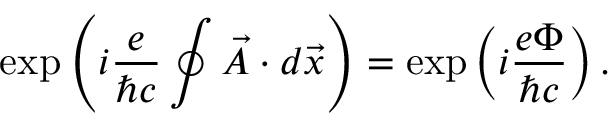
\exp \left( i \frac { e } { \hbar c } \oint \vec { A } \cdot d \vec { x } \right) = \exp \left( i \frac { e \Phi } { \hbar c } \right) .